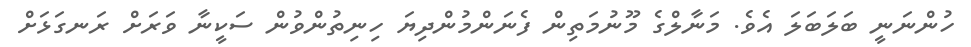
ހުންނަނީ ބަލަބަލަ އެވެ. މަނާލްގެ މޫނުމަތިން ފެނަންމުންދިޔަ ހިނިތުންވުން ސަކީނާ ވަރަށް ރަނގަޅަށް